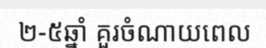
២-៥ឆ្នាំ គួរចំណាយពេល